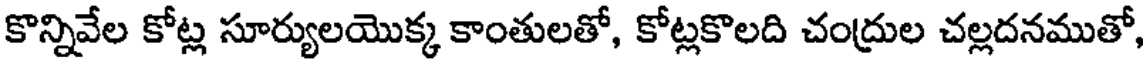
కొన్నివేల కోట్ల సూర్యులయొక్క కాంతులతో, కోట్లకొలది చంద్రుల చల్లదనముతో,